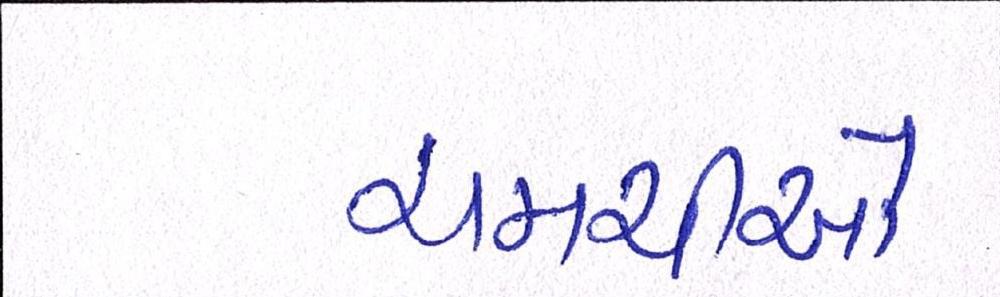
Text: ચમચીઓ